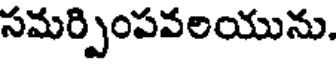
సమర్పింపవలయును.